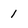
Character: 1